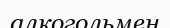
алкогольмен